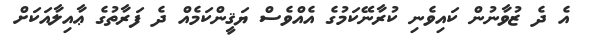
އެ ދެ ޒުވާނުން ކައިވެނި ކުރާނޭކަމުގެ އެއްވެސް ޔަޤީންކަމެއް ދެ ފަރާތުގެ ޢާއިލާއަކަށް